Report on malaria in the Punjab during the year ...  together with an account of the work of the Punjab Malaria Bureau - Volume 5
Disease focus: Malaria
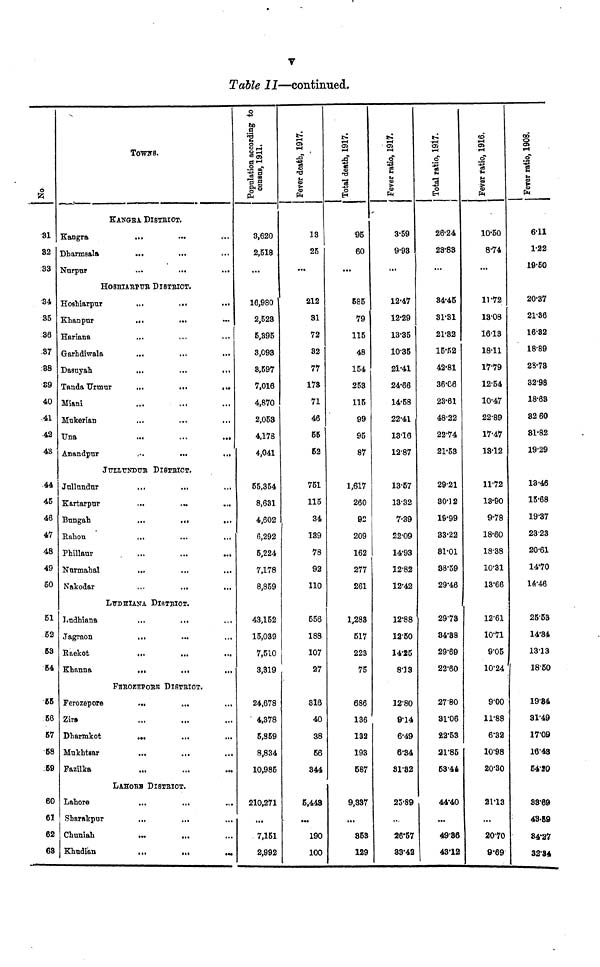
V
Table II—continued.
No.
31
82
S3
•34
35
-36
.37
88
89
40
-41
42
43
44
45
46
4V
48
49
50
51
52
53
54
65
56
57
58
59
60
61
62
68
TOWNS.
KANGRA DISTRICT.
Kangra
Dharmsala
Nurpur
,,,
...
...
...
...
...
HOSHIARPUR DISTRICT.
Hoshiarpur
Khanpur
Hariana
Garhdiwala
Dasuyah
Tanda Urmur
Miani
Mukerian
Una
Anandpur
...
...
,,,
...
...
•••
...
...
...
...
...
...
...
...
...
...
...
...
...
...
JULLUNDUR DlSTRICT.
Jullundur
Kartarpur
Bnngah
Rahon
Phillaur
Nurmahal
Nakodar
...
...
...
...
...
...
...
...
...
...
...
...
...
...
LUDHIANA DISTRICT.
Ludhiana
Jagraon
Raekot
Khanna
FEROZEPORE DISTRICT
Ferozepore
Zira
Dharmkot
Mukhtsar
Fazilka
...
...
...
...
,..
...
...
...
...
...
...
...
...
...
...
...
...
...
LAHORE DlSTRICT.
Lahore
Sharakpur
Chuniah
Khudian
...
...
...
...
...
...
...
...
...
...
...
...
...
...
...
...
...
...
...
...
...
...
...
...
...
...
...
...
...
...
...
...
...
...
...
...
...
...
...
...
...
Population according
census, 1911.
3,620
2,518
...
16,980
2,523
5,395
3,093
8,597
7,016
4,870
2,053
4,178
4,041
55,354
8,631
4,602
6,292
5,224
7,178
8,859
43,152
15,039
7,510
3,319
24,678
4,378
5,859
8,834
10,985
210,271
...
7,151
2,992
Fever death, 1917.
13
25
...
212
81
72
32
77
178
71
46
55
52
751
115
34
189
78
92
110
556
188
107
27
816
40
38
56
344
5,448
...
190
100
Total death, 1917.
95
60
...
585
79
115
48
154
253
115
99
95
87
1,617
260
92
209
162
277
261
1,283
517
223
75
686
136
132
193
687
9,337
...
853
129
Fever ratio, 1917.
3.59
9.93
...
12.47
12.29
13.35
10.35
21.41
24.66
14.58
22.41
13-16
12.87
13.57
13.32
7.39
22.09
14.93
12.82
12'42
12.88
12.50
14.25
8.13
12'8O
9.14
6.49
6.34
81.82
25.89
26.57
83'42
Total ratio, 19l7.
26.24
28.83
...
34.45
81.31
21.82
15.52
42.81
36.06
23.61
48.22
22.74
21.53
29.21
30.12
19.99
33.22
81.01
38.59
29.46
29.73
84'88
29.69
22.60
2780
31.06
22.53
21.'85
53.44
44.40
...
49.86
43.12
%
10.50
8.74
...
11.72
13.08
16.13
18.11
17.79
12.54
10.47
22.89
17.47
13.12
11.72
13.90
9.78
18.60
18.38
10'31
13.66
12.61
1071
9.05
10.24
9.00
11.88
6.32
10.98
20.30
21.13
...
20.70
9.69
Fever ratio, 1908.
611
1.22
19.50
20.37
21.36
16.82
18.89
23.73
32.98
18.68
82 60
81.82
19.29
13.46
15.68
19.87
2323
20.61
14.70
14.46
25.53
14.34
13.13
18.50
19.84
31.49
17.09
16.48
64.20
83.69
43.B9
84*27
32.34